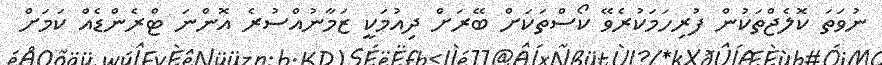
ނުވަތަ ކޮލެޖްތަކުން ފުރިހަމަކުރެވޭ ކޯސްތަކަށް ބޭރަށް ދިއުމަކީ ޒަމާނުއްސުރެ އޮންނަ ޓްރެންޑެއް ކަމަށް